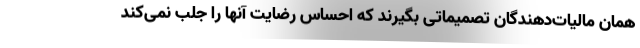
همان مالیات‌دهندگان تصمیماتی بگیرند که احساس رضایت آنها را جلب نمی‌کند